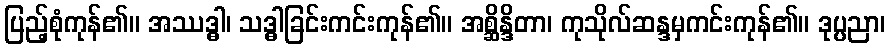
ပြည့်စုံကုန်၏။ အဿဒ္ဓါ၊ သဒ္ဓါခြင်းကင်းကုန်၏။ အစ္ဆိန္ဒိတာ၊ ကုသိုလ်ဆန္ဒမှကင်းကုန်၏။ ဒုပ္ပညာ၊